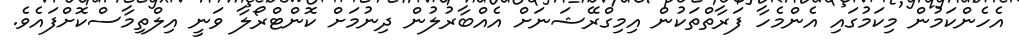
އެހެންކަމުން މިކަމުގައި އެންމެހާ ފަރާތްތަކުން އިމިގްރޭޝަނަށް އެއްބާރުލުން ދިނުމަށް ކޮންޓްރޯލާ ވަނީ އިލްތިމާސްކޮށްފައެވެ.